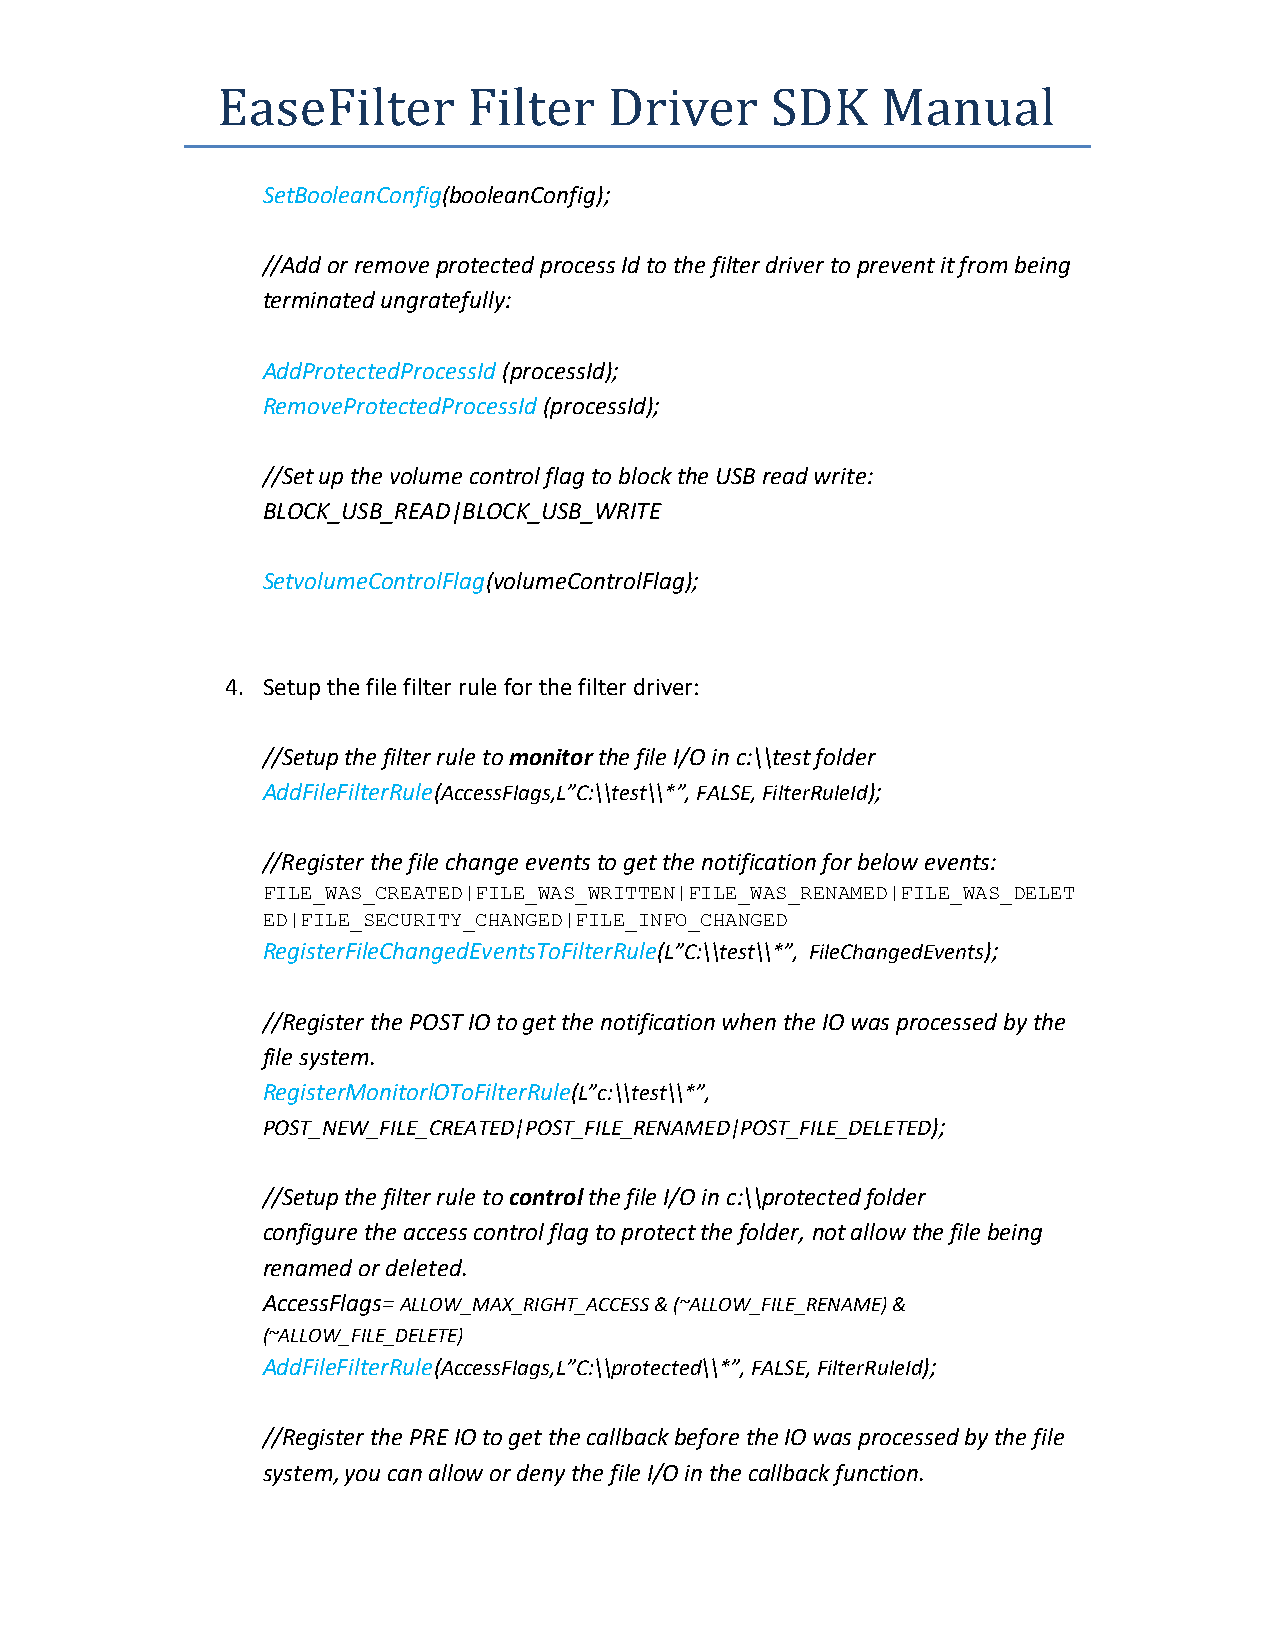
EaseFilter       Filter   Driver     SDK    Manual
 SetBooleanConfig(booleanConfig);
 //Add or remove protected process Id to the filter driver to prevent it from being
 terminated ungratefully:
 AddProtectedProcessId (processId);
 RemoveProtectedProcessId (processId);
 //Set up the volume control flag to block the USB read write:
 BLOCK_USB_READ|BLOCK_USB_WRITE
 SetvolumeControlFlag(volumeControlFlag);
 4. Setup the file filter rule for the filter driver:
 //Setup the filter rule to monitor the file I/O in c:\\test folder
 AddFileFilterRule(AccessFlags,L”C:\\test\\*”, FALSE, FilterRuleId);
 //Register the file change events to get the notification for below events:
 FILE_WAS_CREATED|FILE_WAS_WRITTEN|FILE_WAS_RENAMED|FILE_WAS_DELET
 ED|FILE_SECURITY_CHANGED|FILE_INFO_CHANGED
 RegisterFileChangedEventsToFilterRule(L”C:\\test\\*”, FileChangedEvents);
 //Register the POST IO to get the notification when the IO was processed by the
 file system.
 RegisterMonitorlOToFilterRule(L”c:\\test\\*”,
 POST_NEW_FILE_CREATED|POST_FILE_RENAMED|POST_FILE_DELETED);
 //Setup the filter rule to control the file I/O in c:\\protected folder
 configure the access control flag to protect the folder, not allow the file being
 renamed or deleted.
 AccessFlags= ALLOW_MAX_RIGHT_ACCESS & (~ALLOW_FILE_RENAME) &
 (~ALLOW_FILE_DELETE)
 AddFileFilterRule(AccessFlags,L”C:\\protected\\*”, FALSE, FilterRuleId);
 //Register the PRE IO to get the callback before the IO was processed by the file
 system, you can allow or deny the file I/O in the callback function.